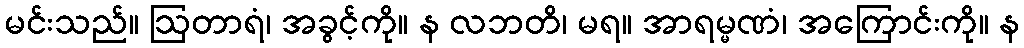
မင်းသည်။ ဩတာရံ၊ အခွင့်ကို။ န လဘတိ၊ မရ။ အာရမ္မဏံ၊ အကြောင်းကို။ န